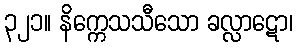
၃၂၁။ နိက္ကေသသီသော ခလ္လာဋော၊